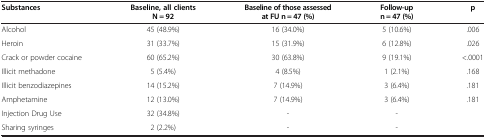
<table><thead><tr><td><b>Substances</b></td><td><b>Baseline, all clients N = 92</b></td><td><b>Baseline of those assessed at FU n = 47 (%)</b></td><td><b>Follow-up n = 47 (%)</b></td><td><b>p</b></td></tr></thead><tbody><tr><td>Alcohol</td><td>45 (48.9%)</td><td>16 (34.0%)</td><td>5 (10.6%)</td><td>.006</td></tr><tr><td>Heroin</td><td>31 (33.7%)</td><td>15 (31.9%)</td><td>6 (12.8%)</td><td>.026</td></tr><tr><td>Crack or powder cocaine</td><td>60 (65.2%)</td><td>30 (63.8%)</td><td>9 (19.1%)</td><td>&lt;.0001</td></tr><tr><td>Illicit methadone</td><td>5 (5.4%)</td><td>4 (8.5%)</td><td>1 (2.1%)</td><td>.168</td></tr><tr><td>Illicit benzodiazepines</td><td>14 (15.2%)</td><td>7 (14.9%)</td><td>3 (6.4%)</td><td>.181</td></tr><tr><td>Amphetamine</td><td>12 (13.0%)</td><td>7 (14.9%)</td><td>3 (6.4%)</td><td>.181</td></tr><tr><td>Injection Drug Use</td><td>32 (34.8%)</td><td>-</td><td>-</td><td> </td></tr><tr><td>Sharing syringes</td><td>2 (2.2%)</td><td>-</td><td>-</td><td> </td></tr></tbody></table>